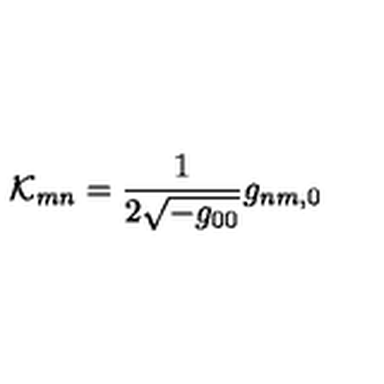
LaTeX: { \cal K } _ { m n } = \frac { 1 } { 2 \sqrt { - g _ { 0 0 } } } g _ { n m , 0 }